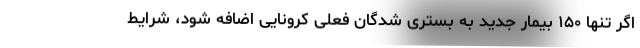
اگر تنها ۱۵۰ بیمار جدید به بستری شدگان فعلی کرونایی اضافه شود، شرایط